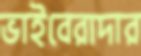
ভাইবেরাদার